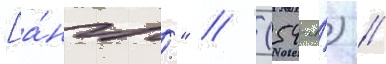
[а́нгл." // (54-я́) //